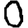
Digit: 0